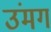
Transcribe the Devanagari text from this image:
उंमग